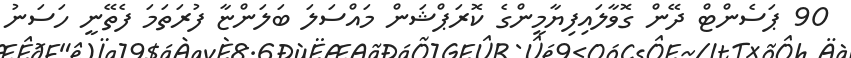
90 ޕަސެންޓް ދޭން ގޮވާލައިފިޔާމީންގެ ކޮރަޕްޝަން މައްސަލަ ބަލަންޏާ ފުރަތަމަ ފެތޭނީ ހަސަނު